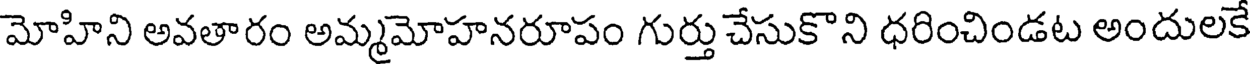
మోహిని అవతారం అమ్మమోహనరూపం గుర్తు చేసుకొని ధరించిండట అందులకే